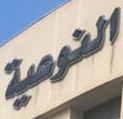
النوعية